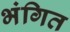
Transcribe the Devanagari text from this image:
भंगित